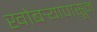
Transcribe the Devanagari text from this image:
खोबर्‍यापासून